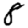
Digit: 8